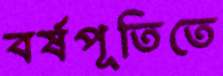
বর্ষপূতিতে